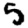
Digit: 5